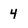
Character: 4